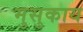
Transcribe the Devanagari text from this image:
मुसुकाय